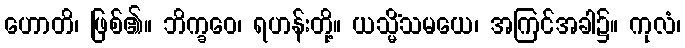
ဟောတိ၊ ဖြစ်၏။ ဘိက္ခဝေ၊ ရဟန်းတို့။ ယသ္မိံသမယေ၊ အကြင်အခါ၌။ ကုလံ၊